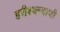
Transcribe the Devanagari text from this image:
हरीश्चन्दाची